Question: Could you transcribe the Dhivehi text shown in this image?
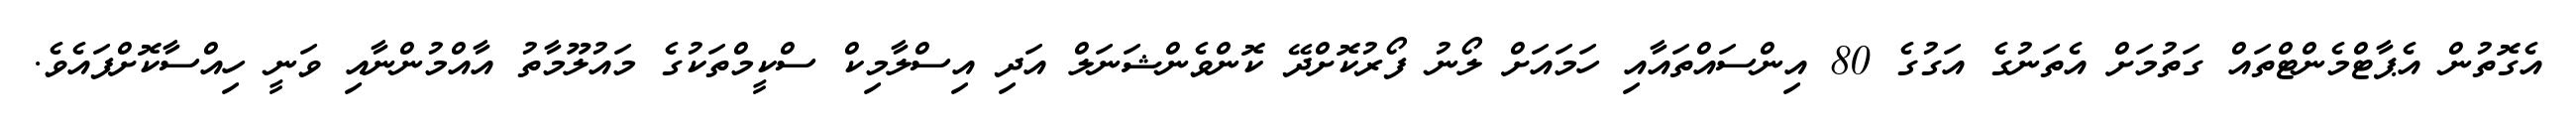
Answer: އެގޮތުން އެޕާޓްމެންޓްތައް ގަތުމަށް އެތަނުގެ އަގުގެ 80 އިންސައްތައާއި ހަމައަށް ލޯނު ފޯރުކޮށްދޭ ކޮންވެންޝަނަލް އަދި އިސްލާމިކް ސްކީމްތަކުގެ މައުލޫމާތު އާއްމުންނާއި ވަނީ ހިއްސާކޮށްފައެވެ.